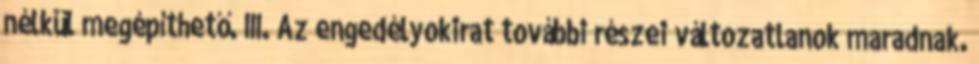
nélkül megépíthető. III. Az engedélyokirat további részei változatlanok maradnak.